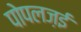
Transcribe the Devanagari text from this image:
पोपलज़ई